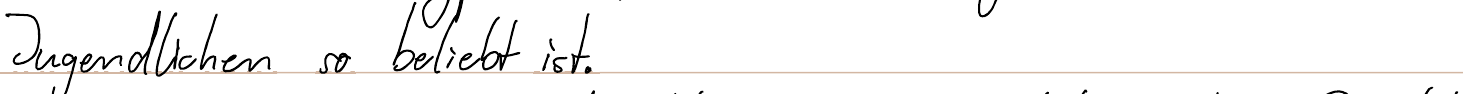
Jugendlichen so beliebt ist.